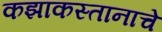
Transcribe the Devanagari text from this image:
कझाकस्तानाचे